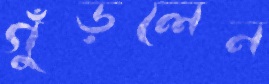
গুঁড়লেন